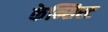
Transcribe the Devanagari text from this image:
केन्सिस्ट